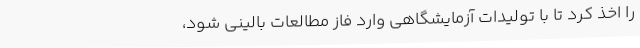
را اخذ کرد تا با تولیدات آزمایشگاهی وارد فاز مطالعات بالینی شود،